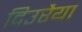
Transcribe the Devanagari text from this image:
दिउरैया